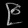
Digit: ၉